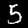
Digit: 5